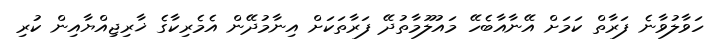
ހަވާލުވާނެ ފަރާތް ކަމަށް އޭނާއާބެހޭ މައުލޫމާތުދޭ ފަރާތަކަށް އިނާމުދޭން އެމެރިކާގެ ޚާރިޖިއްޔާއިން ކުރި